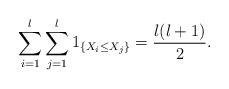
LaTeX: \begin{align*}\sum\limits_{i=1}^l\sum\limits_{j=1}^l1_{\left\{X_i\leq X_j\right\}}=\frac{l(l+1)}{2}.\end{align*}